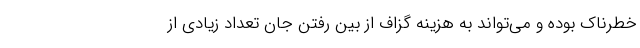
خطرناک بوده و می‌تواند به هزینه گزاف از بین رفتن جان تعداد زیادی از